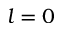
l = 0